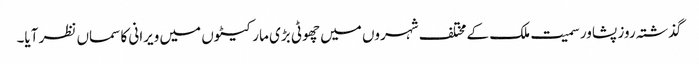
گذشتہ روز پشاور سمیت ملک کے مختلف شہروں میں چھوٹی بڑی مارکیٹوں میں ویرانی کا سماں نظر آیا۔